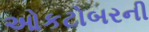
ઓકટોબરની